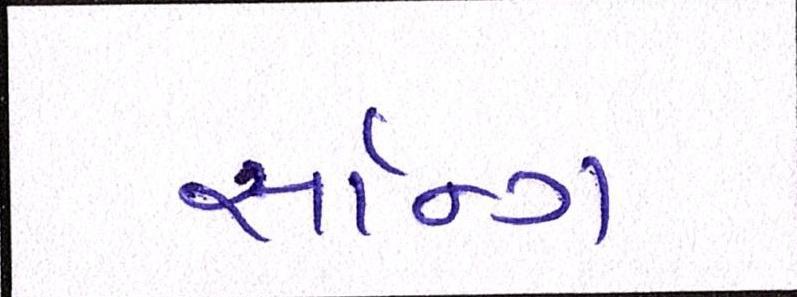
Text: સૉન્ગ